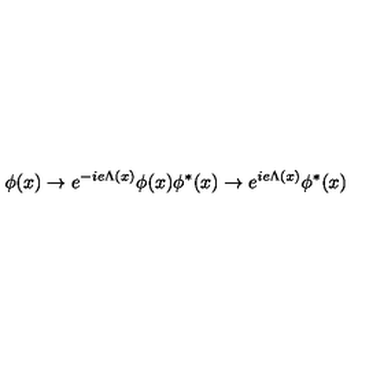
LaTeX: \phi ( x ) \rightarrow e ^ { - i e \Lambda ( x ) } \phi ( x ) \phi ^ { \ast } ( x ) \rightarrow e ^ { i e \Lambda ( x ) } \phi ^ { \ast } ( x )